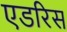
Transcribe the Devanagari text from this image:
एडरिस